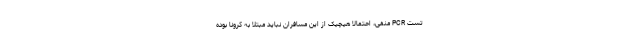
تست PCR منفی، احتمالا هیچیک از این مسافران نباید مبتلا به کرونا بوده